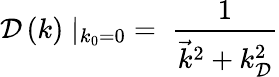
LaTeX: \mathcal{D}\left(k\right)\mid_{k_{0}=0}\; =\; {\frac{{1}}{{{\vec{{k}}}^{2}+k_{\mathcal{D}}^{2}}}}